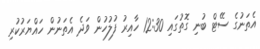
އެތަނުގެ ސޭޓް ބުނި ގޮތުގައި 12:30 ހާއިރު ފުލުހުން ވަދެ އެތަނުން ހައްޔަރުކުރި